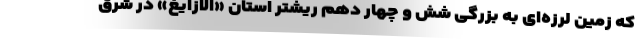
که زمین لرزه‌ای به بزرگی شش و چهار دهم ریشتر استان «الازایغ» در شرق